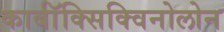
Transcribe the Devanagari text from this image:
कार्बॉक्सिक्विनोलोन